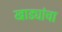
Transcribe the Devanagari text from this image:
खाड्यांचा